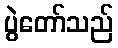
ပွဲတော်သည်